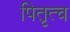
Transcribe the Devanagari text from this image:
पितृत्च